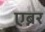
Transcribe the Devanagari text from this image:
एब्नर